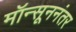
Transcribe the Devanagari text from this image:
मॉन्सूननंतर